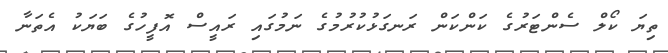
ތިޔަ ކޯލް ސެންޓަރުގެ ކަންކަން ރަނގަޅުކުރުމުގެ ނަމުގައި ރައީސް އޮފީހުގެ ބަޔަކު އެތަނާ